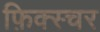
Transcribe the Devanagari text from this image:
फ़िक्स्चर